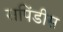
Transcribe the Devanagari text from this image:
सपिंडीस